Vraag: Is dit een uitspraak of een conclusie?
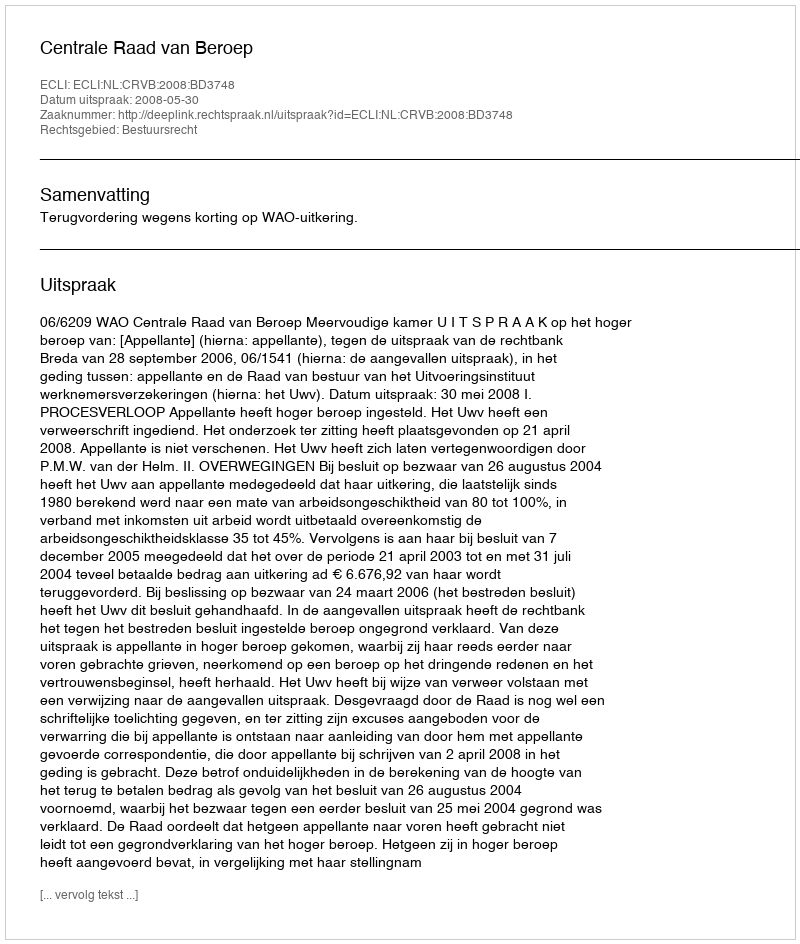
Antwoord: Uitspraak